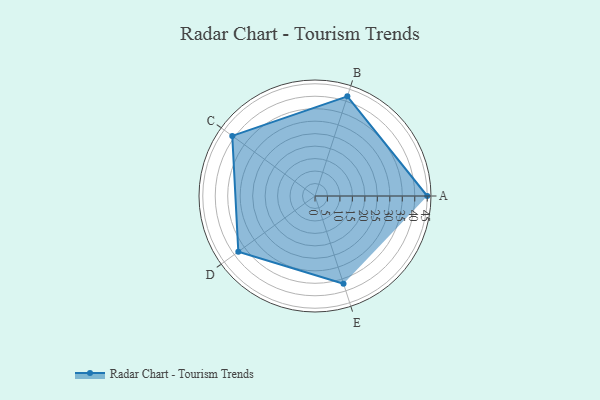
{"axis": {"x": "Skill", "y": "Score"}, "legend": ["Profile"], "data": [{"x": "A", "y": 45.0, "type": "Profile"}, {"x": "B", "y": 42.0, "type": "Profile"}, {"x": "C", "y": 41.0, "type": "Profile"}, {"x": "D", "y": 38.0, "type": "Profile"}, {"x": "E", "y": 37.0, "type": "Profile"}]}